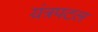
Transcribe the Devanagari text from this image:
यंत्रपटल